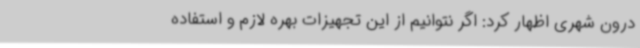
درون شهری اظهار کرد: اگر نتوانیم از این تجهیزات بهره لازم و استفاده